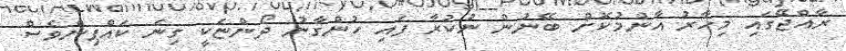
ރާއްޖޭގައި މިހާރު އާންމުކޮށް ބޭނުން ނުކުރާ ފައި ހުންގާނު ދޯންޏަކީ ގިނަ ކައްޕިންވެސް